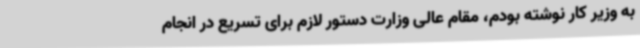
به وزیر کار نوشته بودم، مقام عالی وزارت دستور لازم برای تسریع در انجام